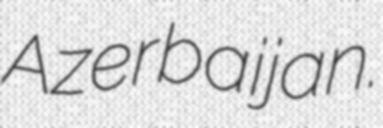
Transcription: Azerbaijan.